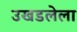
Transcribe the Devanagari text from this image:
उखडलेला